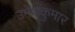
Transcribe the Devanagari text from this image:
उमेशकुमार